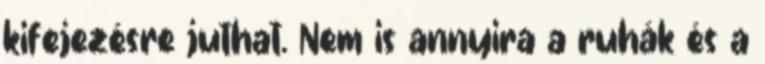
kifejezésre juthat. Nem is annyira a ruhák és a